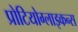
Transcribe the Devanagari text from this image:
प्रोटियोग्लाइकन्स